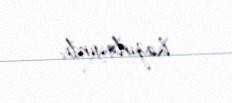
hazırlayırdı.